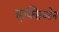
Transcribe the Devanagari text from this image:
एक्सिओन